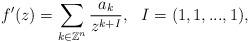
LaTeX: \begin{align*} f'(z)=\sum_{k\in \mathbb{Z}^n}{\frac{a_{k}}{z^{k+I}}},\,\,\,\,I=(1, 1,...,1),\end{align*}